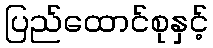
ပြည်ထောင်စုနှင့်